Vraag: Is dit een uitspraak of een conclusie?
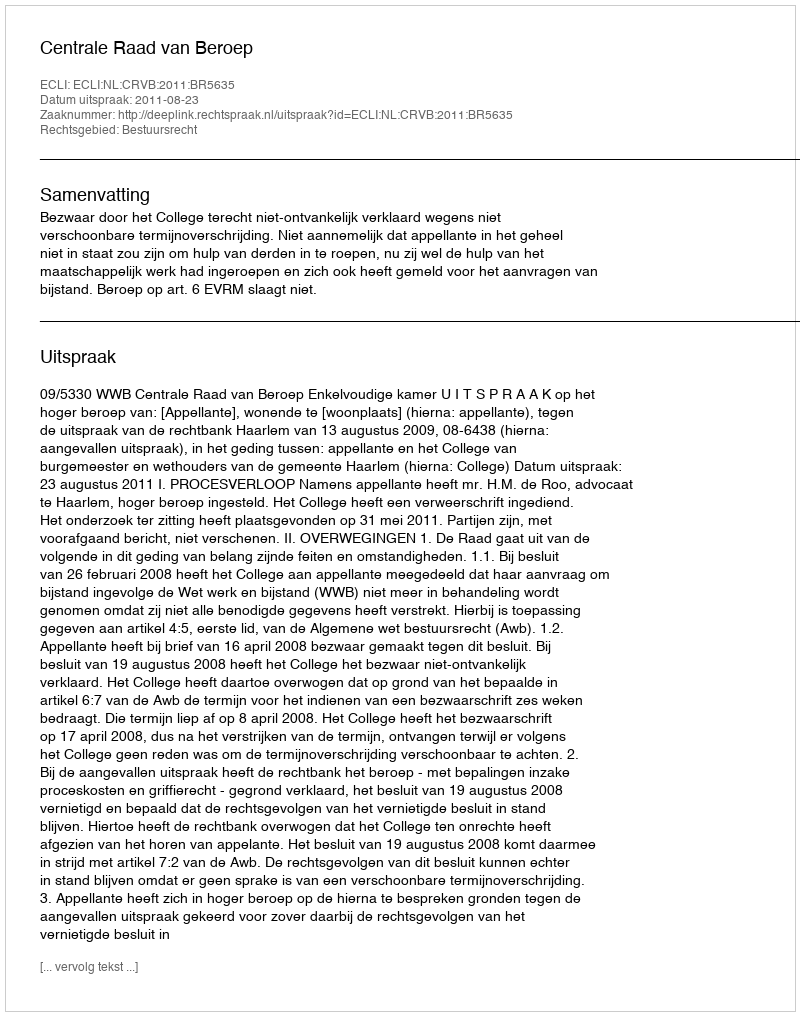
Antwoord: Uitspraak